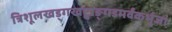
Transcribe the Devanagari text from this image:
त्रिशूलखड्गखट्वाङ्गडमर्वंकर्भुजां